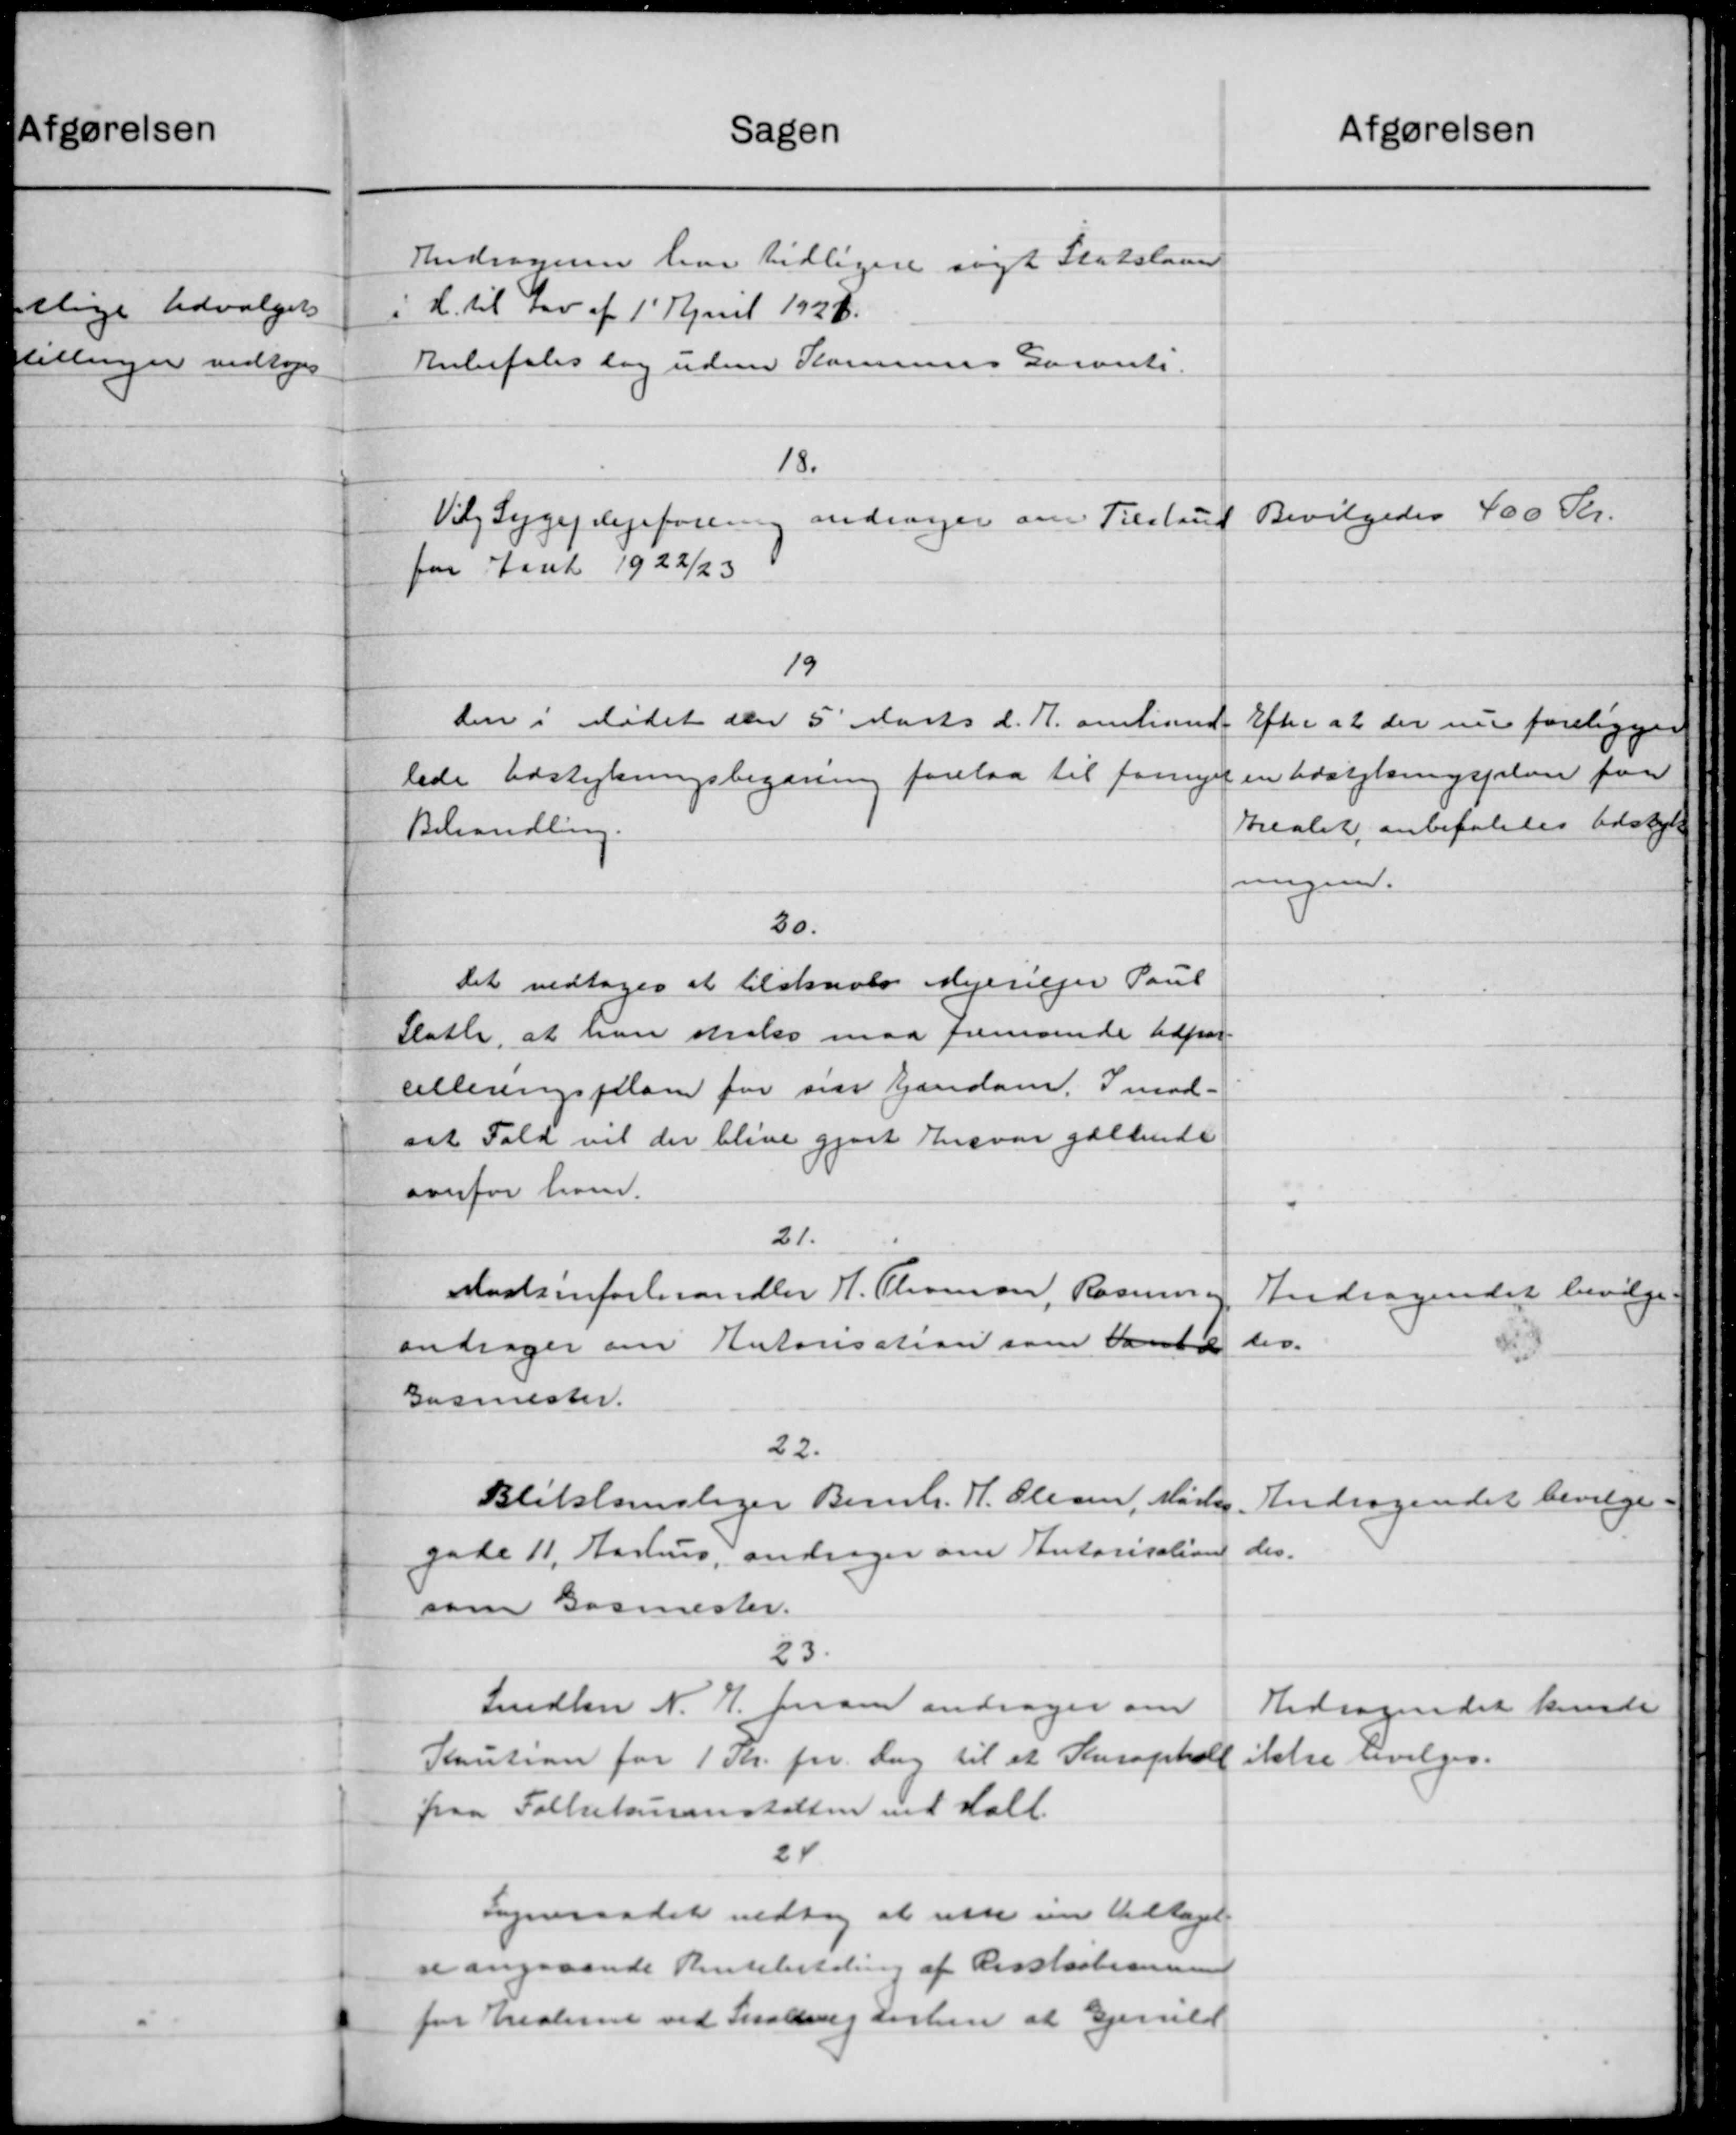
Transskription:
Sagen
Andragende har tidligere søgt Statslaan
i H. til Lov af 1' April 1928.
Anbefales dog udene Kommunens Garanti.
18.
Vilg Sygeplejeforening andrager om Tilstad
for Aaret 1922/23
19
den i Mødet den 5 Marts d. A. omland.
lede Udstykningsbegæring forelaa til fornye
Behandling.
30.
Det vedtoges at tilstaaes Mejeriejer Paul
Slatte, at han strale maa fremsende Udpar-
celleringsplan for sin Ejendom. Imod-
sat Fald vil der blive gjort Ansvar gældende
overfor ham.
21.
Madsenforhandler H. Thomsen, Rasmus
andrager om Autorisation som Dante
Gasmester.
22.
Bliklomslager Bernh. H. Olesen, Maren
gade 11, Aarhus, andrager om Autorisation
som Barmester.
23.
Snedker N. H. Jensen andrager om
Kaution for 1 Kr. pr. Dag til et Stusophold
paa Folkekuranstalten ved talt.
24
Sogneraadet vedtog at rette sin Vedtaget
re angaaende Rentebetaling af Risstationen
for Arealerne ved Skalling Forhen at Gjerld